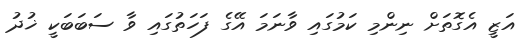
އަޒީ އެގޮތަށް ނިންމި ކަމުގައި ވާނަމަ އޭގެ ފަހަތުގައި ވާ ސަބަބަކީ ޚުދު